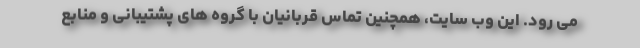
می رود. این وب سایت، همچنین تماس قربانیان با گروه های پشتیبانی و منابع